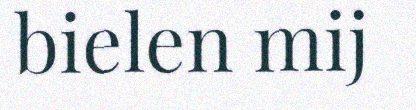
bielen mij